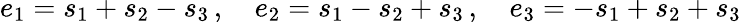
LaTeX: e_{1}=s_{1}+s_{2}-s_{3}\, ,\quad e_{2}=s_{1}-s_{2}+s_{3}\, ,\quad e_{3}=-s_{1}+s_{2}+s_{3}